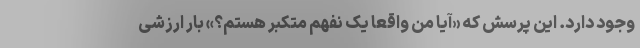
وجود دارد. این پرسش که «آیا من واقعاً یک نفهم متکبر هستم؟» بار ارزشی